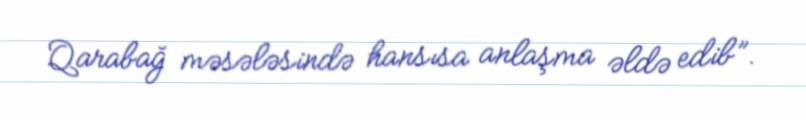
Qarabağ məsələsində hansısa anlaşma əldə edib”.